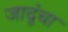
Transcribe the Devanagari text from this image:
जादूंचा